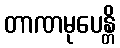
တာဏမုပေန္တိ